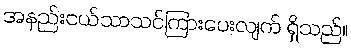
အနည်းငယ်သာသင်ကြားပေးလျက် ရှိသည်။